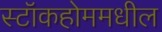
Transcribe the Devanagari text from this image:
स्टॉकहोममधील